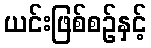
ယင်းဖြစ်စဉ်နှင့်